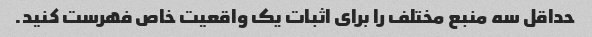
حداقل سه منبع مختلف را برای اثبات یک واقعیت خاص فهرست کنید.